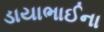
ડાયાભાઈના